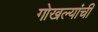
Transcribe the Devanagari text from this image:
गोखल्यांची